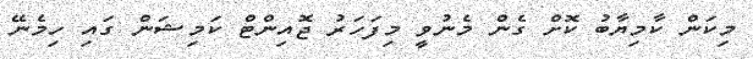
މިކަން ކާމިޔާބު ކޮށް ގެން މެނުވީ މިފަހަރު ޖޮއިންޓް ކަމިޝަން ގައި ހިމެނޭ